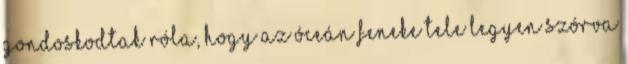
gondoskodtak róla, hogy az óceán feneke tele legyen szórva